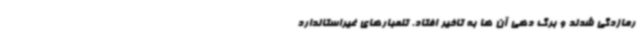
رمازدگی شدند و برگ دهی آن ها به تاخیر افتاد. تلمبارهای غیراستاندارد